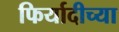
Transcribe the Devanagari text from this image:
फिर्यादीच्या